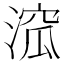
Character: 溛